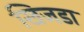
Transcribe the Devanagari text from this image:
खिजडा